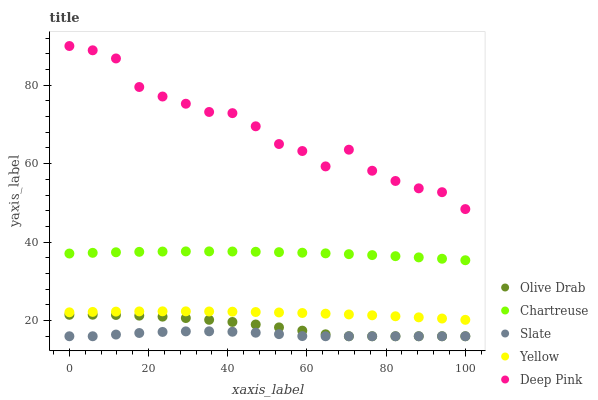
| xaxis_label | Olive Drab | Chartreuse | Slate | Yellow | Deep Pink |
 | --- | --- | --- | --- | --- | --- |
 | 0 | 21.5 | 37.1 | 16 | 22.1 | 90 |
 | 5.88 | 21.5 | 37.3 | 16 | 22.2 | 88.9 |
 | 11.8 | 21.4 | 37.4 | 16.4 | 22.3 | 86.8 |
 | 17.6 | 21.3 | 37.5 | 16.8 | 22.3 | 79.5 |
 | 23.5 | 21 | 37.6 | 17.1 | 22.4 | 77.1 |
 | 29.4 | 20.6 | 37.6 | 17.2 | 22.4 | 75.3 |
 | 35.3 | 20.2 | 37.6 | 17.3 | 22.3 | 73.2 |
 | 41.2 | 19.6 | 37.6 | 17.1 | 22.3 | 72.9 |
 | 47.1 | 19 | 37.5 | 16.9 | 22.2 | 69.5 |
 | 52.9 | 18.3 | 37.4 | 16.5 | 22.1 | 65 |
 | 58.8 | 17.4 | 37.3 | 16 | 21.9 | 63.2 |
 | 64.7 | 16.5 | 37.1 | 16 | 21.8 | 59.3 |
 | 70.6 | 16 | 36.9 | 16 | 21.6 | 63.6 |
 | 76.5 | 16 | 36.7 | 16 | 21.3 | 58.2 |
 | 82.4 | 16 | 36.4 | 16 | 21.1 | 55.6 |
 | 88.2 | 16 | 36.1 | 16 | 20.8 | 53.7 |
 | 94.1 | 16 | 35.8 | 16 | 20.5 | 52.7 |
 | 100 | 16 | 35.4 | 16 | 20.2 | 48.4 |